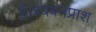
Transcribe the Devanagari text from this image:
हैं।च्यवनप्राश